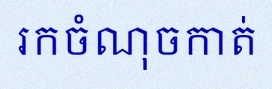
រកចំណុចកាត់